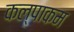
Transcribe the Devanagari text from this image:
कल्पाकम